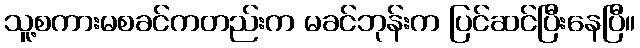
သူ့စကားမစခင်ကတည်းက မခင်ဘုန်းက ပြင်ဆင်ပြီးနေပြီ။